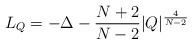
\begin{align*} L_{Q}=-\Delta -\frac{N+2}{N-2}|Q|^{\frac{4}{N-2}}\end{align*}